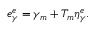
e _ { \gamma } ^ { e } = \gamma _ { m } + T _ { m } \eta _ { \gamma } ^ { e } .